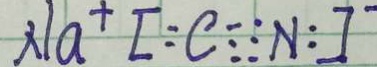
x \vert a ^ { + } [ : e \vdots \vdots N : ] ^ { - }